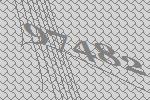
97482